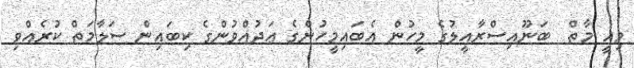
މިއީ މާތް  ބަނޫއިސްރާއީލުގެ މީހުން އެބައިމީހުންގެ ޢަދުއްވުންގެ ކިބައިން ސަލާމަތް ކުރެއްވި